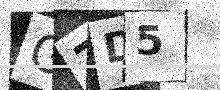
Text: G7D5